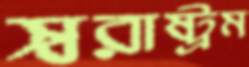
স্বরাষ্ট্রম